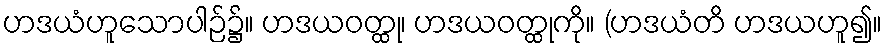
ဟဒယံဟူသောပါဉ်၌။ ဟဒယဝတ္ထု၊ ဟဒယဝတ္ထုကို။ (ဟဒယံတိ ဟဒယဟူ၍။